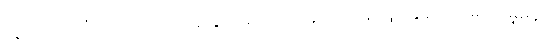
သူကတရာရုံးမှာ သက်သေခံထွက်ဆိုတဲ့အတွက် အန်ဒရူးကွန်းလင်းရဲ့အမှုမှန်